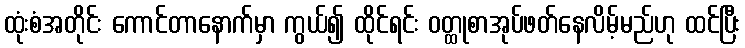
ထုံးစံအတိုင်း ကောင်တာနောက်မှာ ကွယ်၍ ထိုင်ရင်း ဝတ္ထုစာအုပ်ဖတ်နေလိမ့်မည်ဟု ထင်ပြီး